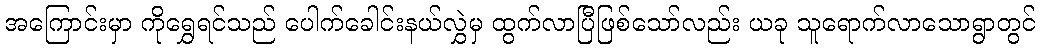
အကြောင်းမှာ ကိုရွှေရင်သည် ပေါက်ခေါင်းနယ်လွှဲမှ ထွက်လာပြီဖြစ်သော်လည်း ယခု သူရောက်လာသောရွာတွင်